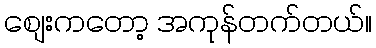
စျေးကတော့ အကုန်တက်တယ်။